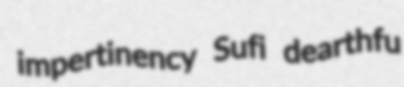
impertinency Sufi dearthfu